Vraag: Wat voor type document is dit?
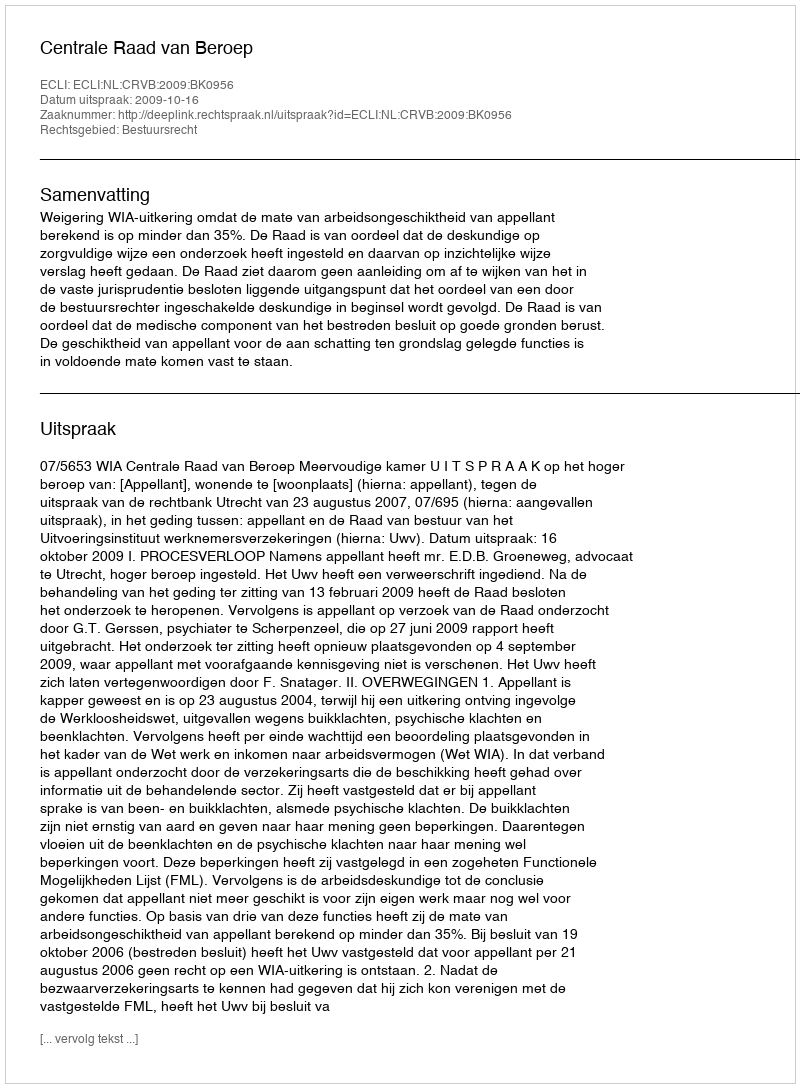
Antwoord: Uitspraak